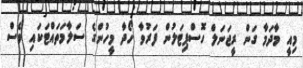
މިއީ މާދަމާ ގަން ރީޖަނަލް ހޮސްޕިޓަލުން ފަރުވާ ހޯދާ މީހުންގެ ސަލާމަތައްޓަކައި ވެސް